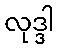
လုဒ္ဒါ